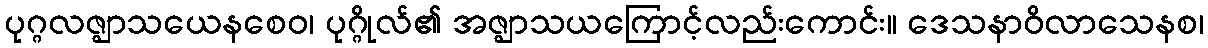
ပုဂ္ဂလဇ္ဈာသယေနစေဝ၊ ပုဂ္ဂိုလ်၏ အဇ္ဈာသယကြောင့်လည်းကောင်း။ ဒေသနာဝိလာသေနစ၊